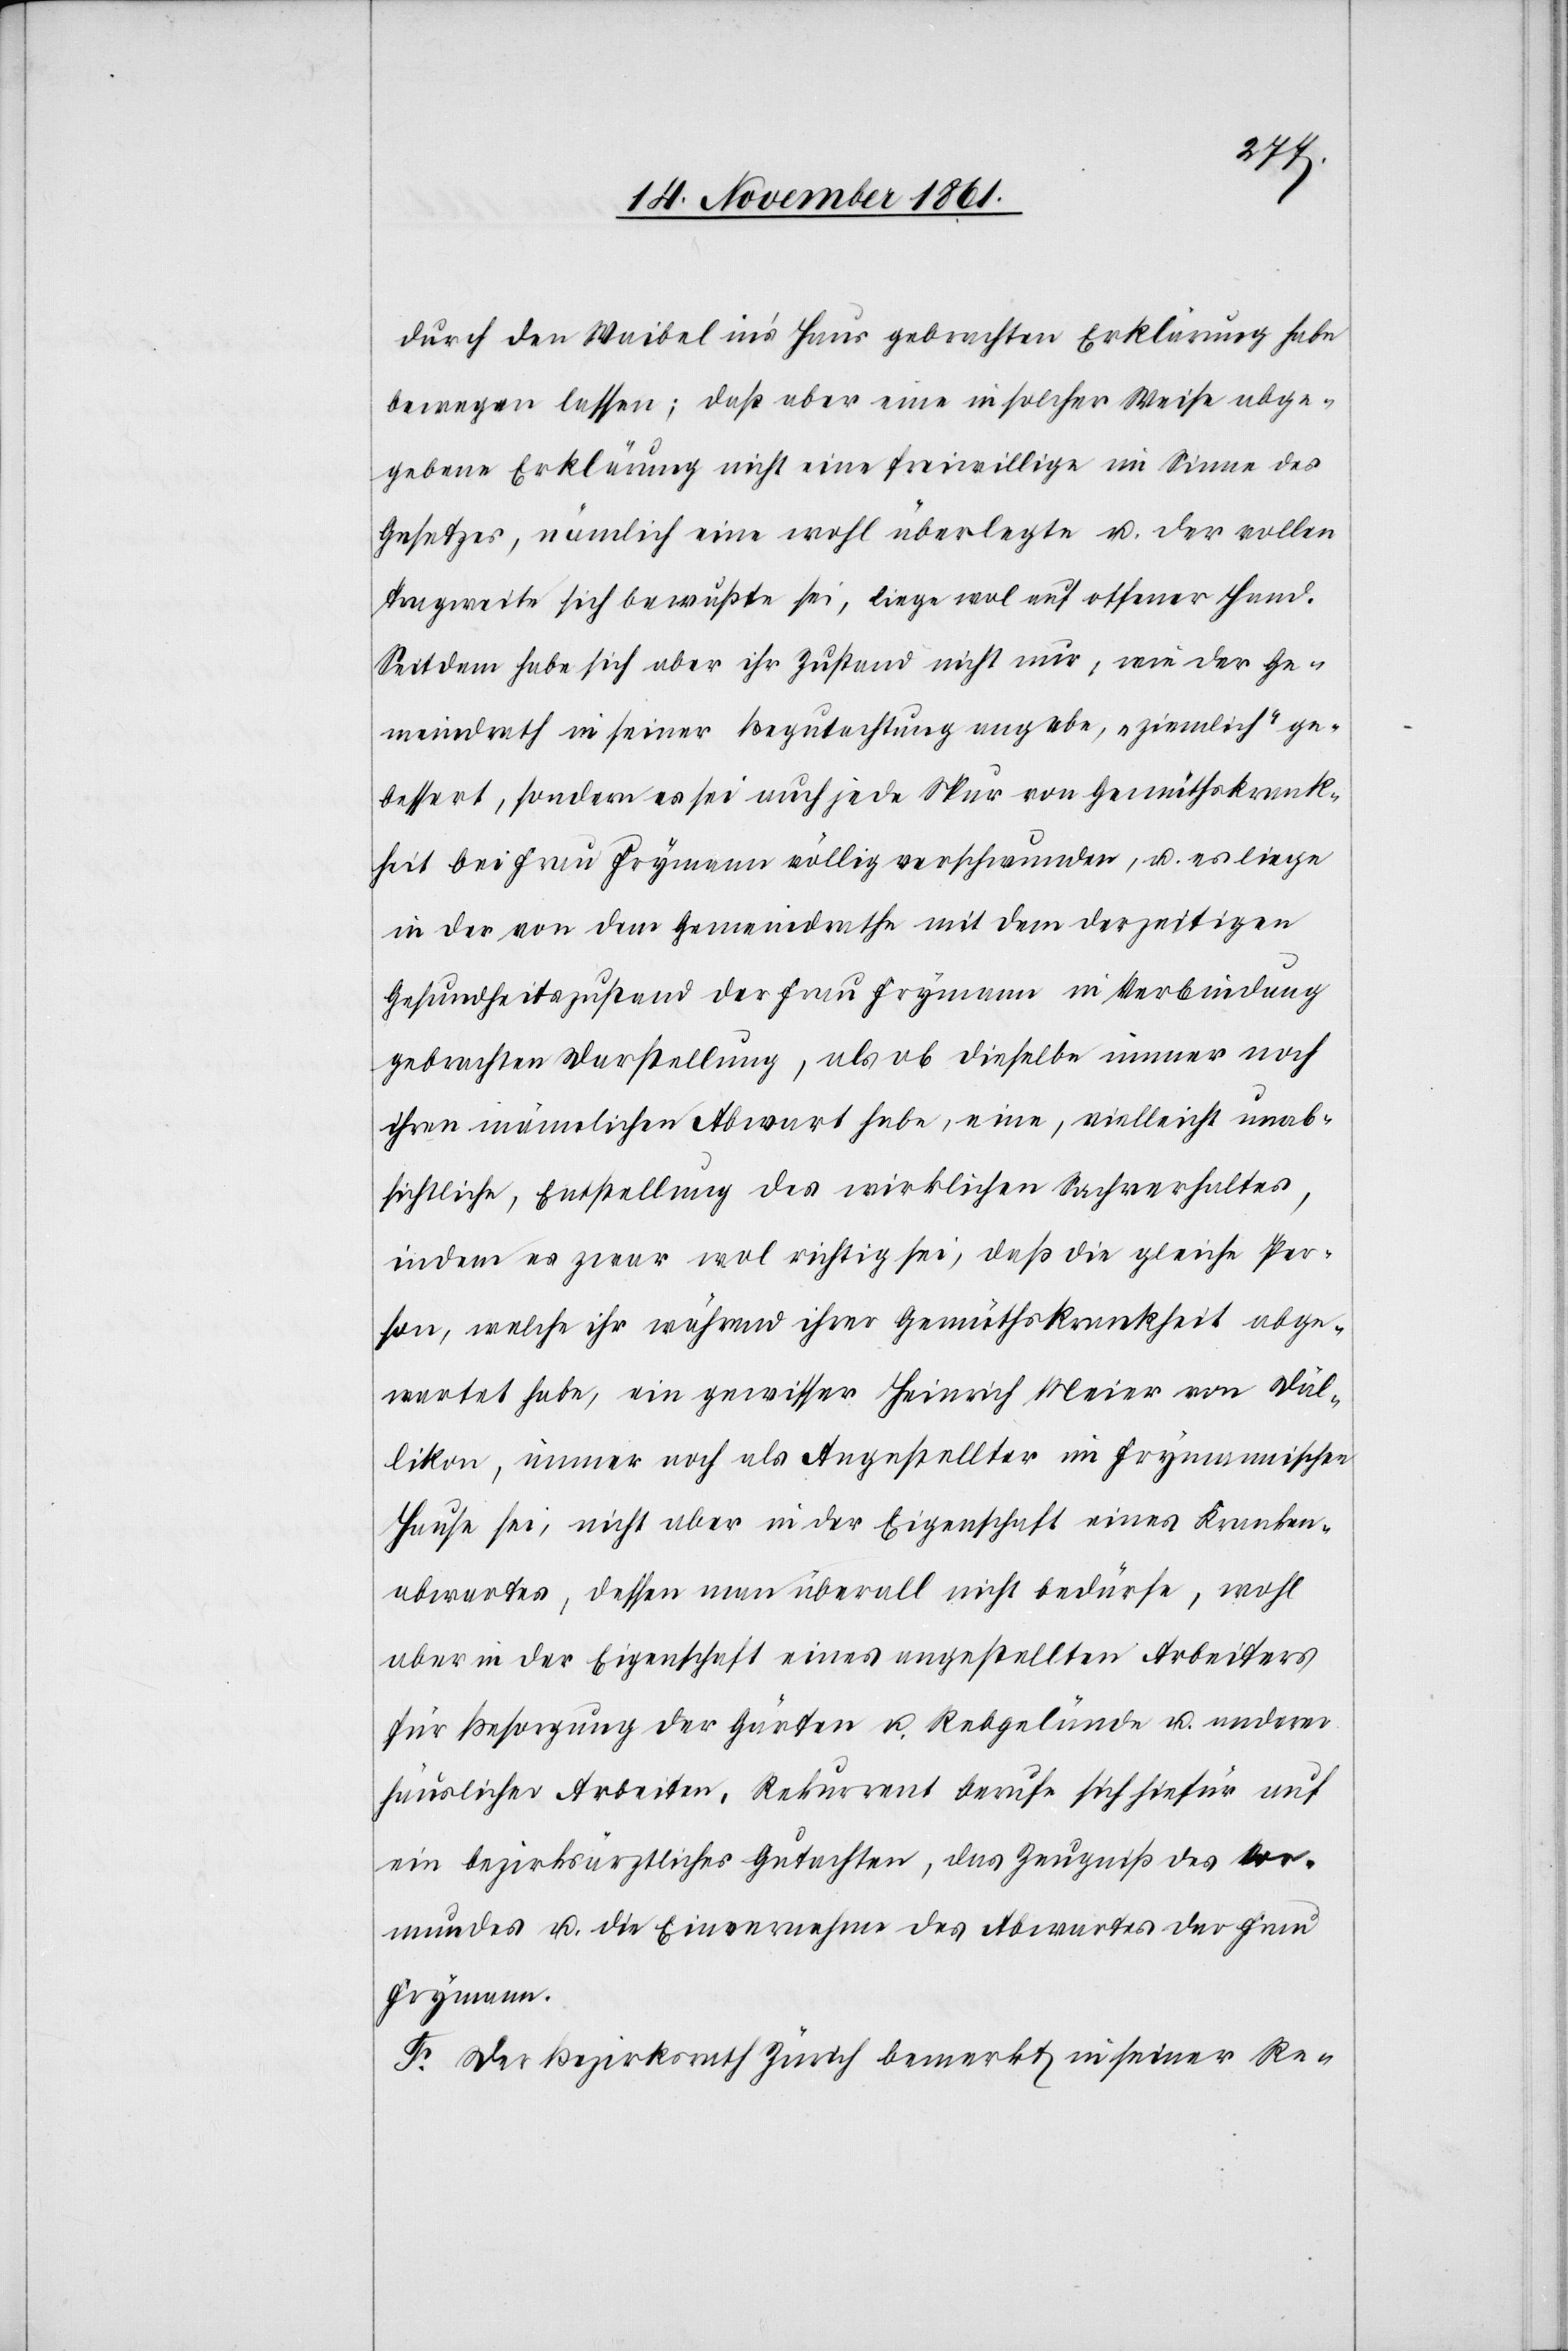
durch den Waibel in’s Haus gebrachten Erklärung habe
bewegen lassen; daß aber eine in solcher Weise abge¬
gebene Erklärung nicht eine freiwillige im Sinne des
Gesetzes, nämlich eine wohl überlegte u. der vollen
Tragweite sich bewußte sei, liege wol auf offener Hand.
Seitdem habe sich aber ihr Zustand nicht nur, wie der Ge¬
meindrath in seiner Begutachtung angebe, „ziemlich“ ge¬
bessert, sondern es sei auch jede Spur von Gemüthskrank¬
heit bei Frau Frymann völlig verschwunden, u. es liege
in der von dem Gemeindrath mit dem derzeitigen
Gesundheitszustand der Frau Frymann in Verbindung
gebrachten Darstellung, als ob dieselbe immer noch
ihren männlichen Abwart habe, eine, vielleicht unab¬
sichtliche, Entstellung des wirklichen Sachverhaltes,
indem es zwar wol richtig sei, daß die gleiche Per¬
son, welche ihr während ihrer Gemüthskrankheit abge¬
wartet habe, ein gewisser Heinrich Meier von Däl¬
likon, immer noch als Angestellter im Frymannischen
Hause sei, nicht aber in der Eigenschaft eines Kranken¬
abwartes, dessen man überall nicht bedürfe, wohl
aber in der Eigenschaft eines angestellten Arbeiters
für Besorgung der Gärten u. Rebgelände u. anderen
häuslichen Arbeiten, Rekurrent berufe sich hiefür auf
ein bezirksräthliches Gutachten, das Zeugniß des Vor¬
mundes u. die Einvernahme des Abwartes der Frau
Frymann.
Der Bezirksrath Zürich bemerkt in seiner Re-